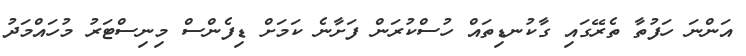
އަންނަ ހަފުތާ ތެރޭގައި ގާކުނޑިތައް ހުސްކުރަން ފަށާނެ ކަމަށް ޑިފެންސް މިނިސްޓަރު މުހައްމަދު